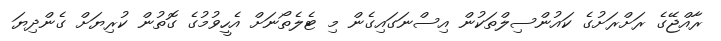
ރާއްޖޭގެ ރަށްރަށުގެ ކައުންސިލްތަކުން އިސްނަގައިގެން މި ޓެލެތޯނަށް އެހީވުމުގެ ގޮތުން ކުރިޔަށް ގެންދިޔަ